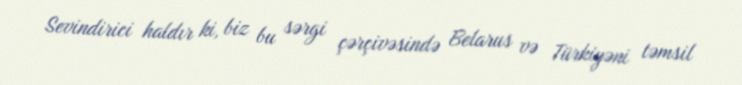
Sevindirici haldır ki, biz bu sərgi çərçivəsində Belarus və Türkiyəni təmsil